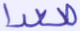
صعدا